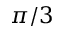
\pi / 3